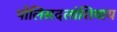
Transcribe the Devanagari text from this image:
पोलिसदलांशिवाय